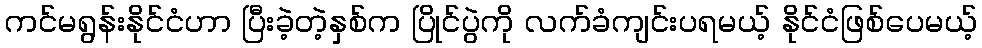
ကင်မရွန်းနိုင်ငံဟာ ပြီးခဲ့တဲ့နှစ်က ပြိုင်ပွဲကို လက်ခံကျင်းပရမယ့် နိုင်ငံဖြစ်ပေမယ့်